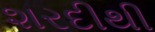
શરદીથી